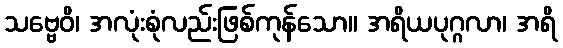
သဗ္ဗေဝိ၊ အလုံးစုံလည်းဖြစ်ကုန်သော။ အရိယပုဂ္ဂလာ၊ အရိ